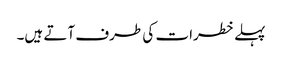
پہلے خطرات کی طرف آتے ہیں۔